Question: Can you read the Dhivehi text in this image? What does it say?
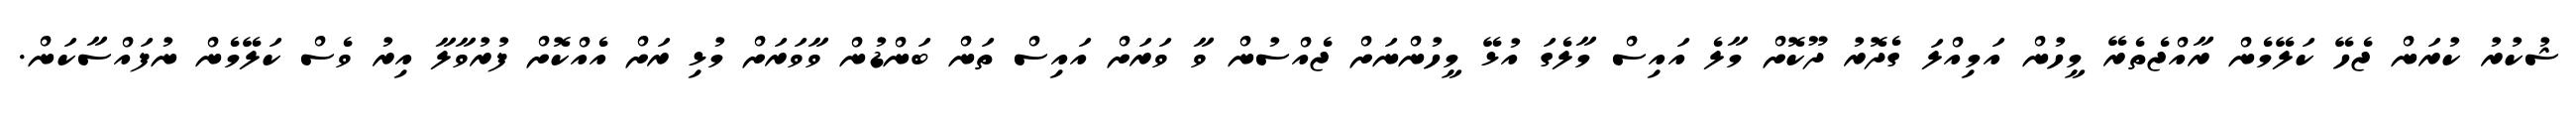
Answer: ޝުކުރު ކުރަން ޖެހޭ ކަލޭމެން ރާއްޖެތެރޭ މީހުން އަމިއްލަ ގެދޮރު ދޫކޮށް މާލެ އައިސް މާލެގަ އުޅޭ މީހުންނަށް ޖެއްސުން ވާ ވަރަށް އައިސް ތަން ބަންޑުން ވާވަރަށް މުޅި ރަށް އެއްކޮށް ފުރުވާލާ އިރު ވެސް ކަލޭމެން ނުފައްސާކަން.